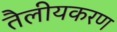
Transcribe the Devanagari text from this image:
तैलीयकरण